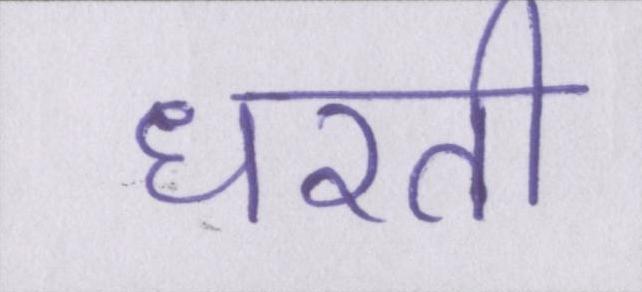
धरती